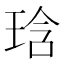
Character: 琀